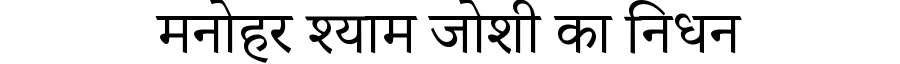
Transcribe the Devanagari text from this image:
मनोहर श्याम जोशी का निधन